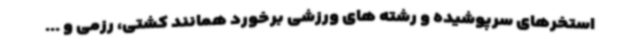
استخرهای سرپوشیده و رشته های ورزشی برخورد همانند کشتی، رزمی و ...